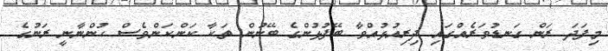
މިފަދަ ރަން ގަނޑުވަރެއްގައި ދިރިއުޅުއްވާ ބޭފުޅުންގެ ބޭނުން ތަކާ ކަންކަންވެސް ހުންނާނީ ރަނުގެ